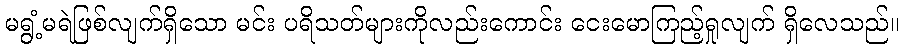
မရွံ့မရဲဖြစ်လျက်ရှိသော မင်း ပရိသတ်များကိုလည်းကောင်း ငေးမောကြည့်ရှုလျက် ရှိလေသည်။